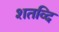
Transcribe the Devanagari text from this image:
शतव्दि